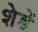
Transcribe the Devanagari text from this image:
शेडें